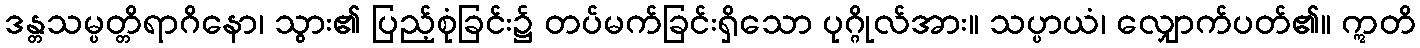
ဒန္တသမ္ပတ္တိရာဂိနော၊ သွား၏ ပြည့်စုံခြင်း၌ တပ်မက်ခြင်းရှိသော ပုဂ္ဂိုလ်အား။ သပ္ပာယံ၊ လျှောက်ပတ်၏။ ဣတိ